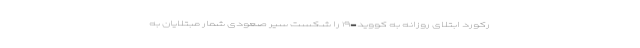
رکورد ابتلای روزانه به کووید-۱۹ را شکست سیر صعودی شمار مبتلایان به